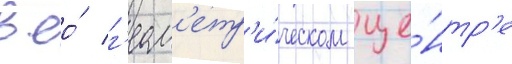
в ео́ г'еом'етр'и́ческом це́нтр'е